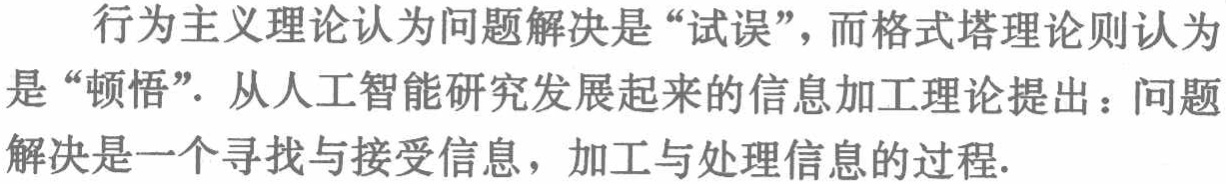
行为主义理论认为问题解决是“试误”，而格式塔理论则认为是“顿悟”. 从人工智能研究发展起来的信息加工理论提出：问题解决是一个寻找与接受信息，加工与处理信息的过程.